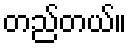
တည်တယ်။